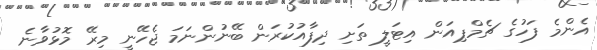
އެންމެ ފަހުގެ ޗެމްޕިއަން އިޓަލީ ތަށި ދިފާއުކުރަން ބޭނުންނަމަ ޖެހޭނީ މިރޭ މޮޅުވާނެ